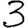
Digit: 3